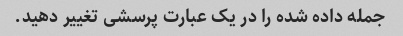
جمله داده شده را در یک عبارت پرسشی تغییر دهید.